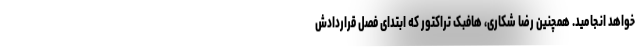
خواهد انجامید. همچنین رضا شکاری، هافبک تراکتور که ابتدای فصل قراردادش